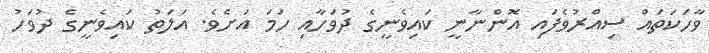
ވާހަކަތައް ސިއްރުވެފައި އޮންނާނީ ކައިވެނީގެ ދުވަހާއި ހަމަ އަށެވެ. އަލަތު ކައިވެނީގެ ދުވަހު